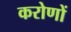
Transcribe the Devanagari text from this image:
करोणों